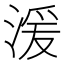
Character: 湲